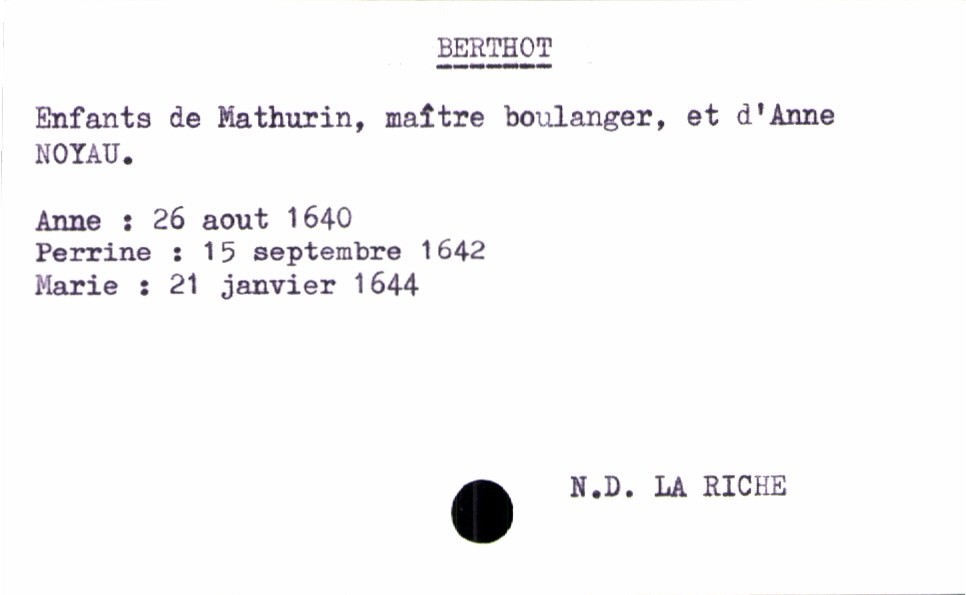
type_acte: Baptême
paroisse: Notre Dame La Riche
filiation: fille
enfant_prénom: Marie
enfant_date_de_naissance: 21 janvier 1644
père_enfant_nom: Berthot
père_enfant_prénom: Mathurin
père_enfant_profession: maître boulanger
mère_enfant_nom: Noyau
mère_enfant_prénom: Anne